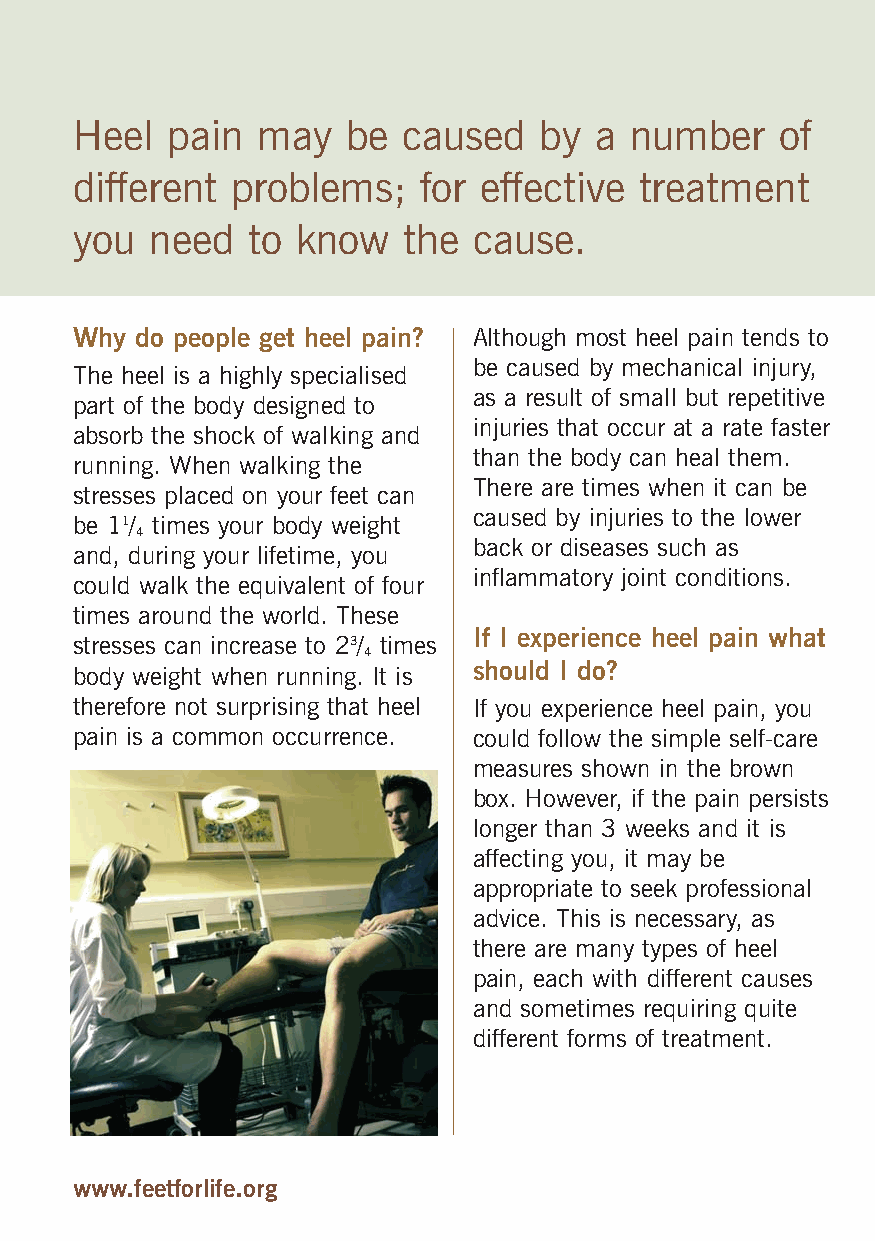
Heel  pain  may   be  caused   by a  number    of
 different problems;    for effective treatment
 you  need  to  know   the cause.
 Why do people get heel pain? Although most heel pain tends to
 be caused by mechanical injury,
 The heel is a highly specialised
 as a result of small but repetitive
 part of the body designed to
 injuries that occur at a rate faster
 absorb the shock of walking and
 than the body can heal them.
 running. When walking the
 There are times when it can be
 stresses placed on your feet can
 caused by injuries to the lower
 be 11/ times your body weight
 4
 back or diseases such as
 and, during your lifetime, you
 inflammatory joint conditions.
 could walk the equivalent of four
 times around the world. These
 If I experience heel pain what
 stresses can increase to 23/ times
 4
 should I do?
 body weight when running. It is
 therefore not surprising that heel If you experience heel pain, you
 pain is a common occurrence. could follow the simple self-care
 measures shown in the brown
 box. However, if the pain persists
 longer than 3 weeks and it is
 affecting you, it may be
 appropriate to seek professional
 advice. This is necessary, as
 there are many types of heel
 pain, each with different causes
 and sometimes requiring quite
 different forms of treatment.
 www.feetforlife.org